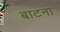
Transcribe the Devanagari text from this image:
बाटना